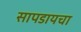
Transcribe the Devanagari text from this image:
सापडायचा